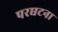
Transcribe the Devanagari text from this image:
परघटना